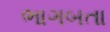
ભાગબતા